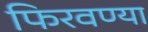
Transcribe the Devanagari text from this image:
फिरवण्या